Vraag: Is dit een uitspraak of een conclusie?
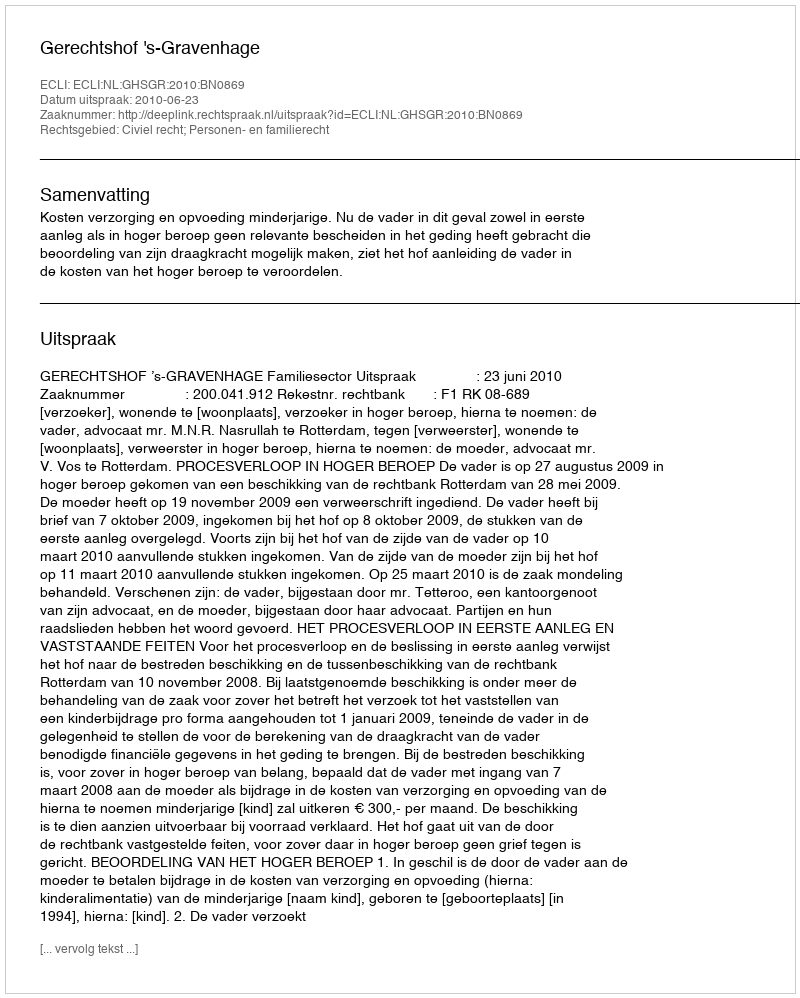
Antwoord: Uitspraak